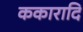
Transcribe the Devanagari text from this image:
ककारादि